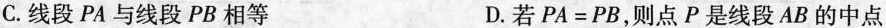
C.线段PA与线段PB相等 D.若PA=PB，则点P是线段AB的中点